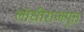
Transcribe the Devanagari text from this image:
लोधीराजपुत